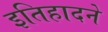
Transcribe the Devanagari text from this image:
इतिहादने